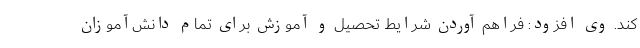
کند. وی افزود: فراهم آوردن شرایط تحصیل و آموزش برای تمام دانش‌آموزان